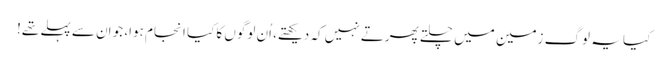
کیا یہ لوگ زمین میں چلتے پھرتے نہیں کہ دیکھتے، اُن لوگوں کا کیا انجام ہوا، جو اِن سے پہلے تھے!